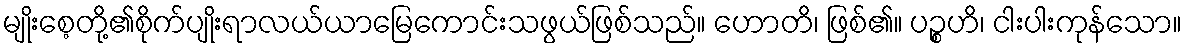
မျိုးစေ့တို့၏စိုက်ပျိုးရာလယ်ယာမြေကောင်းသဖွယ်ဖြစ်သည်။ ဟောတိ၊ ဖြစ်၏။ ပဉ္စဟိ၊ ငါးပါးကုန်သော။